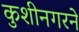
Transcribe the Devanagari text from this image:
कुशीनगरने